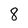
Character: 8